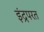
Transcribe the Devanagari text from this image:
इंद्रपरत